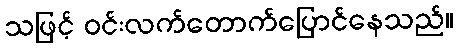
သဖြင့် ဝင်းလက်တောက်ပြောင်နေသည်။